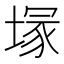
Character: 塜